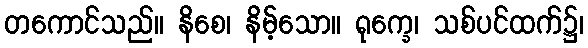
တကောင်သည်။ နိစေ၊ နိမ့်သော။ ရုက္ခေ၊ သစ်ပင်ထက်၌၊